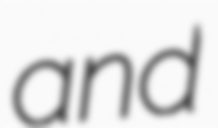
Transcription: and